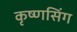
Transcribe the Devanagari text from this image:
कृष्णसिंग